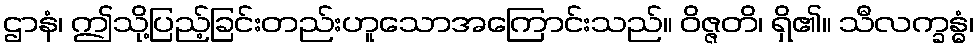
ဌာနံ၊ ဤသို့ပြည့်ခြင်းတည်းဟူသောအကြောင်းသည်။ ဝိဇ္ဇတိ၊ ရှိ၏။ သီလက္ခန္ဓံ၊